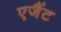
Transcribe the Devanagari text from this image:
एजैंट